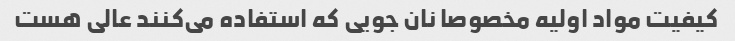
کیفیت مواد اولیه مخصوصا نان جویی که استفاده می‌کنند عالی هست